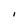
Character: 1